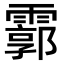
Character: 霩